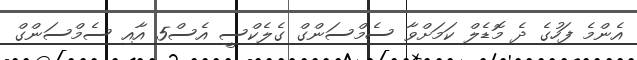
އެންމެ ފަހުގެ ދެ މޮޑެލް ކަމަށްވާ ސެމްސަންގް ގެލެކްސީ އެސް5 އާއި ސެމްސަންގް